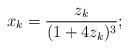
LaTeX: \begin{align*}x_k=\frac{z_k}{(1+4z_k)^3};\end{align*}